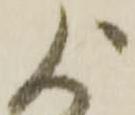
よ